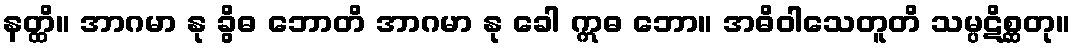
နတ္ထိ။ အာဂမာ နု ခွိဓ ဘောတိ အာဂမာ နု ခေါ ဣဓ ဘော။ အဓိဝါသေတူတိ သမ္ပဋိစ္ဆတု။